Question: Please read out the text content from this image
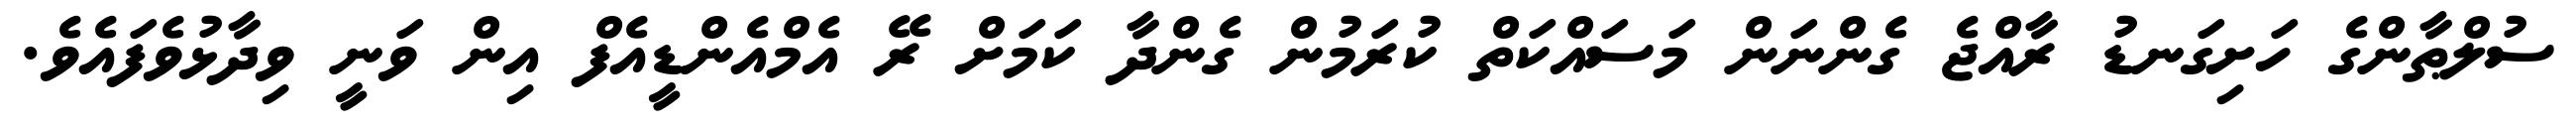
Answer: ސުލްޠާންގެ ހަށިގަނޑު ރާއްޖެ ގެންނަން މަސައްކަތް ކުރަމުން ގެންދާ ކަމަށް ރޭ އެމްއެންޑީއެފް އިން ވަނީ ވިދާޅުވެފައެވެ.